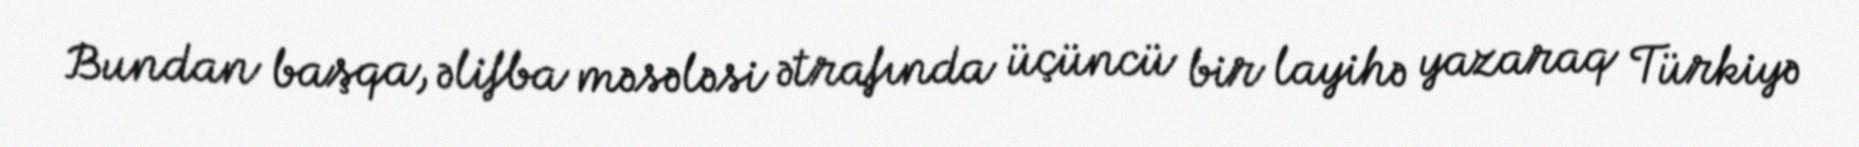
Bundan başqa, əlifba məsələsi ətrafında üçüncü bir layihə yazaraq Türkiyə